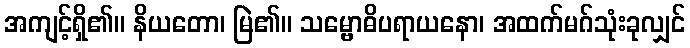
အကျင့်ရှိ၏။ နိယတော၊ မြဲ၏။ သမ္ဗောဓိပရာယနော၊ အထက်မဂ်သုံးခုလျှင်